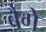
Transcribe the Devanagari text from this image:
बैगे